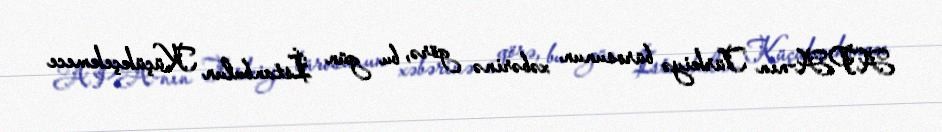
APA-nın Türkiyə bürosunun xəbərinə görə, bu gün İstanbulun Küçükçekmece